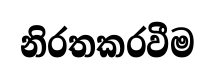
නිරතකරවීම